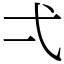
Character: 弌